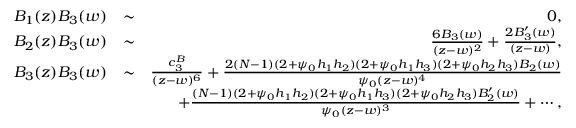
\begin{array} { r l r } { B _ { 1 } ( z ) B _ { 3 } ( w ) } & { \sim } & { 0 , } \\ { B _ { 2 } ( z ) B _ { 3 } ( w ) } & { \sim } & { \frac { 6 B _ { 3 } ( w ) } { ( z - w ) ^ { 2 } } + \frac { 2 B _ { 3 } ^ { \prime } ( w ) } { ( z - w ) } , } \\ { B _ { 3 } ( z ) B _ { 3 } ( w ) } & { \sim } & { \frac { c _ { 3 } ^ { B } } { ( z - w ) ^ { 6 } } + \frac { 2 ( N - 1 ) ( 2 + \psi _ { 0 } h _ { 1 } h _ { 2 } ) ( 2 + \psi _ { 0 } h _ { 1 } h _ { 3 } ) ( 2 + \psi _ { 0 } h _ { 2 } h _ { 3 } ) B _ { 2 } ( w ) } { \psi _ { 0 } ( z - w ) ^ { 4 } } } \\ & { } & { + \frac { ( N - 1 ) ( 2 + \psi _ { 0 } h _ { 1 } h _ { 2 } ) ( 2 + \psi _ { 0 } h _ { 1 } h _ { 3 } ) ( 2 + \psi _ { 0 } h _ { 2 } h _ { 3 } ) B _ { 2 } ^ { \prime } ( w ) } { \psi _ { 0 } ( z - w ) ^ { 3 } } + \cdots , } \end{array}